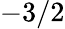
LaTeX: -3/2